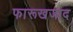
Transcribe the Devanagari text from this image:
फारूखजाद